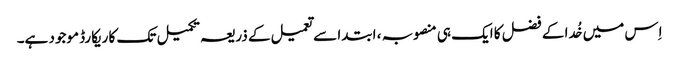
اِس میں خُدا کے فضل کا ایک ہی منصوبہ ، ابتدا سے تعمیل کے ذریعہ تکمیل تک کا ریکارڈ موجود ہے۔